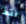
فقط